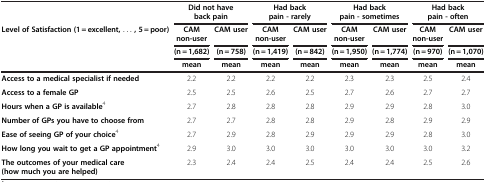
|  | <COLSPAN=2> Did not have back pain | <COLSPAN=2> Had back pain - rarely | <COLSPAN=2> Had back pain - sometimes | <COLSPAN=2> Had back pain - often |
 | Level of Satisfaction (1 = excellent, ... , 5 = poor) | CAM non-user | CAM user | CAM non-user | CAM user | CAM non-user | CAM user | CAM non-user | CAM user |
 |  | (n = 1,682) | (n = 758) | (n = 1,419) | (n = 842) | (n = 1,950) | (n = 1,774) | (n = 970) | (n = 1,070) |
 |  | mean | mean | mean | mean | mean | mean | mean | mean |
 | --- | --- | --- | --- | --- | --- | --- | --- | --- |
 | Access to a medical specialist if needed | 2.2 | 2.2 | 2.2 | 2.2 | 2.3 | 2.3 | 2.5 | 2.4 |
 | Access to a female GP | 2.5 | 2.5 | 2.6 | 2.5 | 2.7 | 2.6 | 2.7 | 2.7 |
 | Hours when a GP is available4 | 2.7 | 2.8 | 2.8 | 2.8 | 2.9 | 2.9 | 2.8 | 3.0 |
 | Number of GPs you have to choose from | 2.7 | 2.7 | 2.8 | 2.8 | 2.9 | 2.8 | 2.9 | 2.9 |
 | Ease of seeing GP of your choice4 | 2.7 | 2.9 | 2.8 | 2.9 | 2.9 | 2.9 | 2.8 | 3.0 |
 | How long you wait to get a GP appointment4 | 2.9 | 3.0 | 3.0 | 3.0 | 3.0 | 3.0 | 3.0 | 3.2 |
 | The outcomes of your medical care (how much you are helped) | 2.3 | 2.4 | 2.4 | 2.5 | 2.4 | 2.4 | 2.5 | 2.6 |